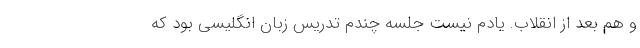
و هم بعد از انقلاب. یادم نیست جلسه چندم تدریس زبان انگلیسی بود که‌